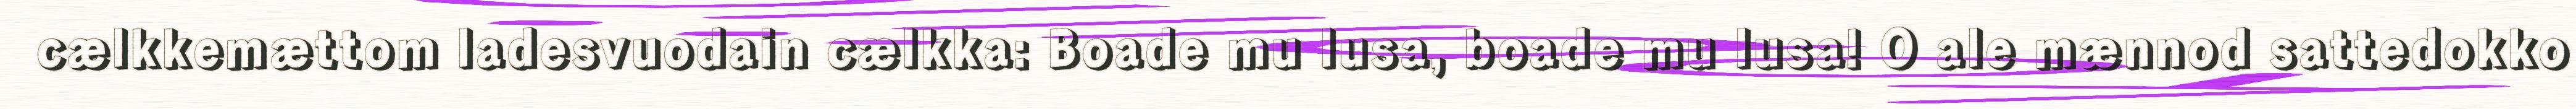
cælkkemættom ladesvuodain cælkka: Boade mu lusa, boade mu lusa! O ale mænnod sattedokko